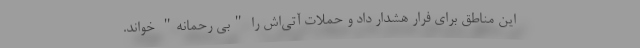
این مناطق برای فرار هشدار داد و حملات آتی‌اش را "بی رحمانه" خواند.